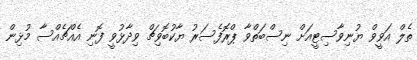
ތެލް އަވީވް ޔުނިވާސިޓީއަށް ނިސްބަތްވާ ޕްރޮފެސަރު ޔާކުބޮވިޗް ވިދާޅުވީ ފޮނި އެއްޗެއްސާ މުޅިން